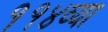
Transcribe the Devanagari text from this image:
११४व्या